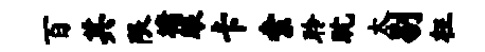
百其限墉眼卡索聆耽太剔枉